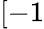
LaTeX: [-1